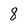
Character: 8